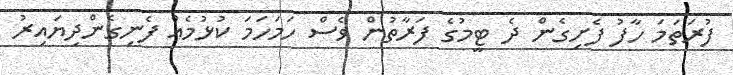
ފުރަތަމަ ހާފު ފެށިގެން ދެ ޓީމުގެ ފަރާތުން ވެސް ހަމަހަމަ ކުޅުމެއް ފެނިގެންދިޔައިރު